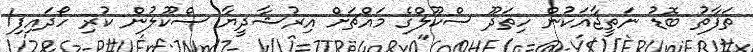
ތަފާތު ބޮޑު ނަތީޖާއަކުން ހިތަދޫ ސްކޫލްގެ މައްޗަށް އިރުޝާދީޔާ ސްކޫލުން ކުރި ހޯދައިފި1